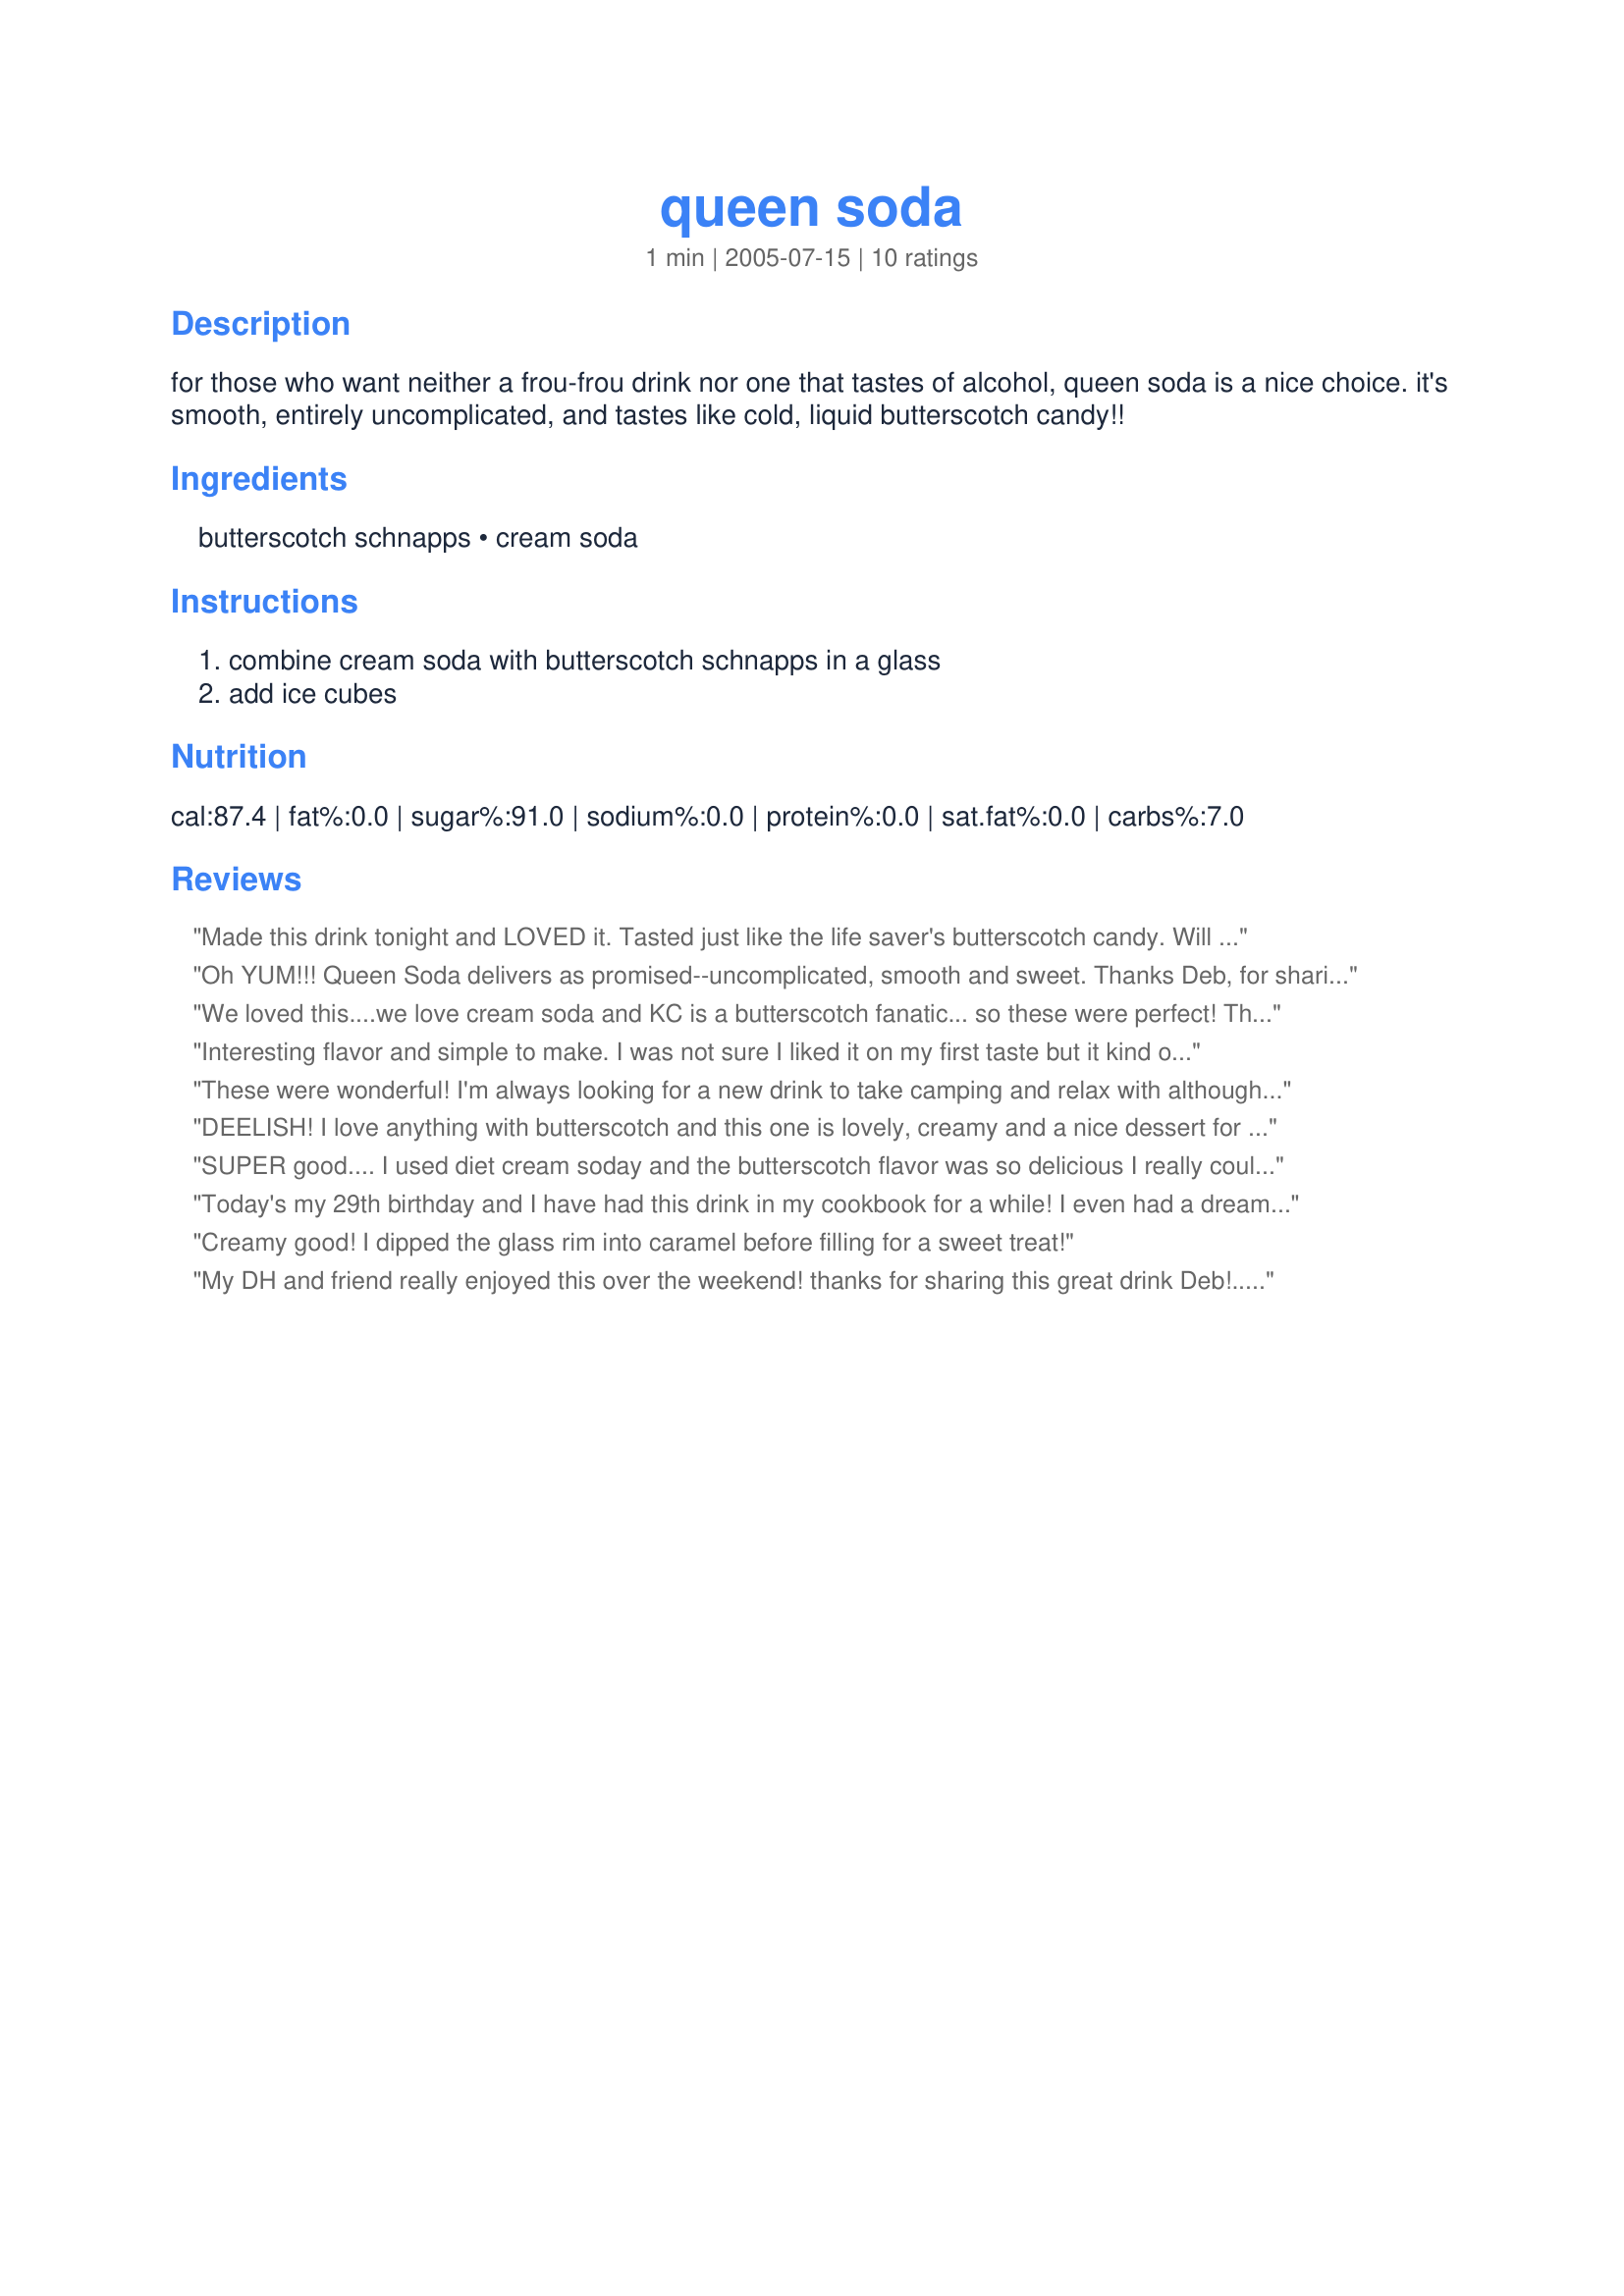
queen soda
Preparation time: 1 minutes

for those who want neither a frou-frou drink nor one that tastes of alcohol, queen soda is a nice choice. it's smooth, entirely uncomplicated, and tastes like cold, liquid butterscotch candy!!

Ingredients:
butterscotch schnapps, cream soda

Steps:
combine cream soda with butterscotch schnapps in a glass, add ice cubes

Reviews:
Made this drink tonight and LOVED it. Tasted just like the life saver's butterscotch candy. Will definately make this again. Thanks deb for a great recipe!
Oh YUM!!! Queen Soda delivers as promised--uncomplicated, smooth and sweet. Thanks Deb, for sharing this jewel of a recipe with us!
We loved this....we love cream soda and KC is a butterscotch fanatic... so these were perfect! These would be great on a hot summer day or for someone who does not like the taste of alcohol in their drinks. Great Recipe!
Interesting flavor and simple to make. I was not sure I liked it on my first taste but it kind of grows on you. Not for everyone but definately a sweet drink for those who don't like a strong alcohol taste.
These were wonderful! I'm always looking for a new drink to take camping and relax with although some of the people I was with thought this would be a nice apres ski drink. I will definately be making these again!
DEELISH! I love anything with butterscotch and this one is lovely, creamy and a nice dessert for Mommy!! ;) Thanks for posting!! I made this for the Zaar cookbook tag!
SUPER good.... I used diet cream soday and the butterscotch flavor was so delicious I really could have had a LOT of these....
Today's my 29th birthday and I have had this drink in my cookbook for a while! I even had a dream about it!! Sad I know...but seriously. YUM! I used diet cream soda. Liquid butterscotch candy is right:) Thanks!!!
Creamy good! I dipped the glass rim into caramel before filling for a sweet treat!
My DH and friend really enjoyed this over the weekend! thanks for sharing this great drink Deb!...Kitten:)
